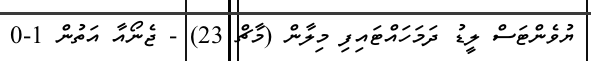
ޔުވެންޓަސް ލީޑު ދަމަހައްޓައިފި މިލާން (މާޗް 23) - ޖެނޯއާ އަތުން 1-0